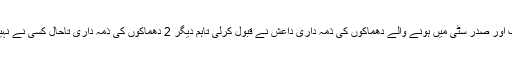
الشباب اور صدر سٹی میں ہونے والے دھماکوں کی ذمہ داری داعش نے قبول کرلی تاہم دیگر 2 دھماکوں کی ذمہ داری تاحال کسی نے نہیں لی۔